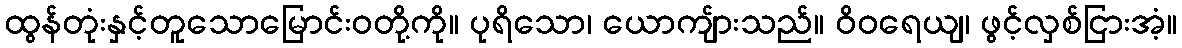
ထွန်တုံးနှင့်တူသောမြောင်းဝတို့ကို။ ပုရိသော၊ ယောကျ်ားသည်။ ဝိဝရေယျ၊ ဖွင့်လှစ်ငြားအံ့။